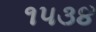
૧૫૩૪